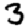
Digit: 3